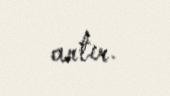
artır.